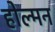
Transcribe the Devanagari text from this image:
होल्मन